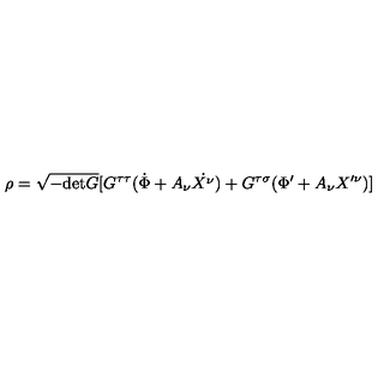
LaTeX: \rho = \sqrt { - \mathrm { d e t } G } [ G ^ { \tau \tau } ( \dot { \Phi } + A _ { \nu } \dot { X ^ { \nu } } ) + G ^ { \tau \sigma } ( \Phi ^ { \prime } + A _ { \nu } X ^ { \prime \nu } ) ]